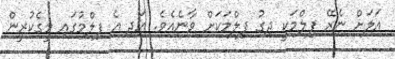
އަލަށް ނެރޭ ފިލްމަކީ ދިގު ފިލްމަކަށް ވާނެއެވެ. އަދި އެ ފިލްމުގައި މީގެކުރީން